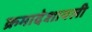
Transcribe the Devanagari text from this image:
क्रमादेशावली